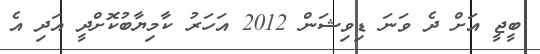
ބީޖީ އަށް ދެ ވަނަ ޑިިވިޝަން 2012 އަހަރު ކާމިޔާބުކޮށްދީ އަދި އެ